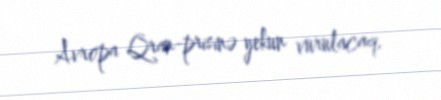
Avropa Qran-prisinə yekun vurulacaq.